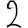
Digit: 2